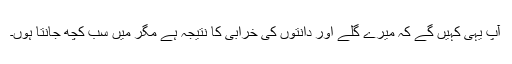
آپ یہی کہیں گے کہ میرے گلے اور دانتوں کی خرابی کا نتیجہ ہے مگر میں سب کچھ جانتا ہوں۔